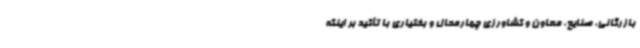
بازرگانی، صنایع، معاون و کشاورزی چهارمحال و بختیاری با تأکید بر اینکه